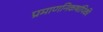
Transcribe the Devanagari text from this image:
प्रमाणनिकषांपिकी